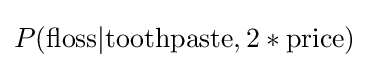
P(\mathrm {floss} |\mathrm {toothpaste} ,2*\mathrm {price} )